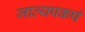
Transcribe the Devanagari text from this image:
जात्यपकर्ष